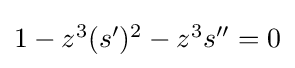
{\textstyle 1-z^{3}(s^{\prime })^{2}-z^{3}s^{\prime \prime }=0}